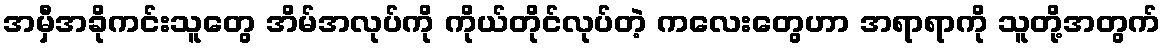
အမှီအခိုကင်းသူတွေ အိမ်အလုပ်ကို ကိုယ်တိုင်လုပ်တဲ့ ကလေးတွေဟာ အရာရာကို သူတို့အတွက်